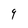
Character: 9